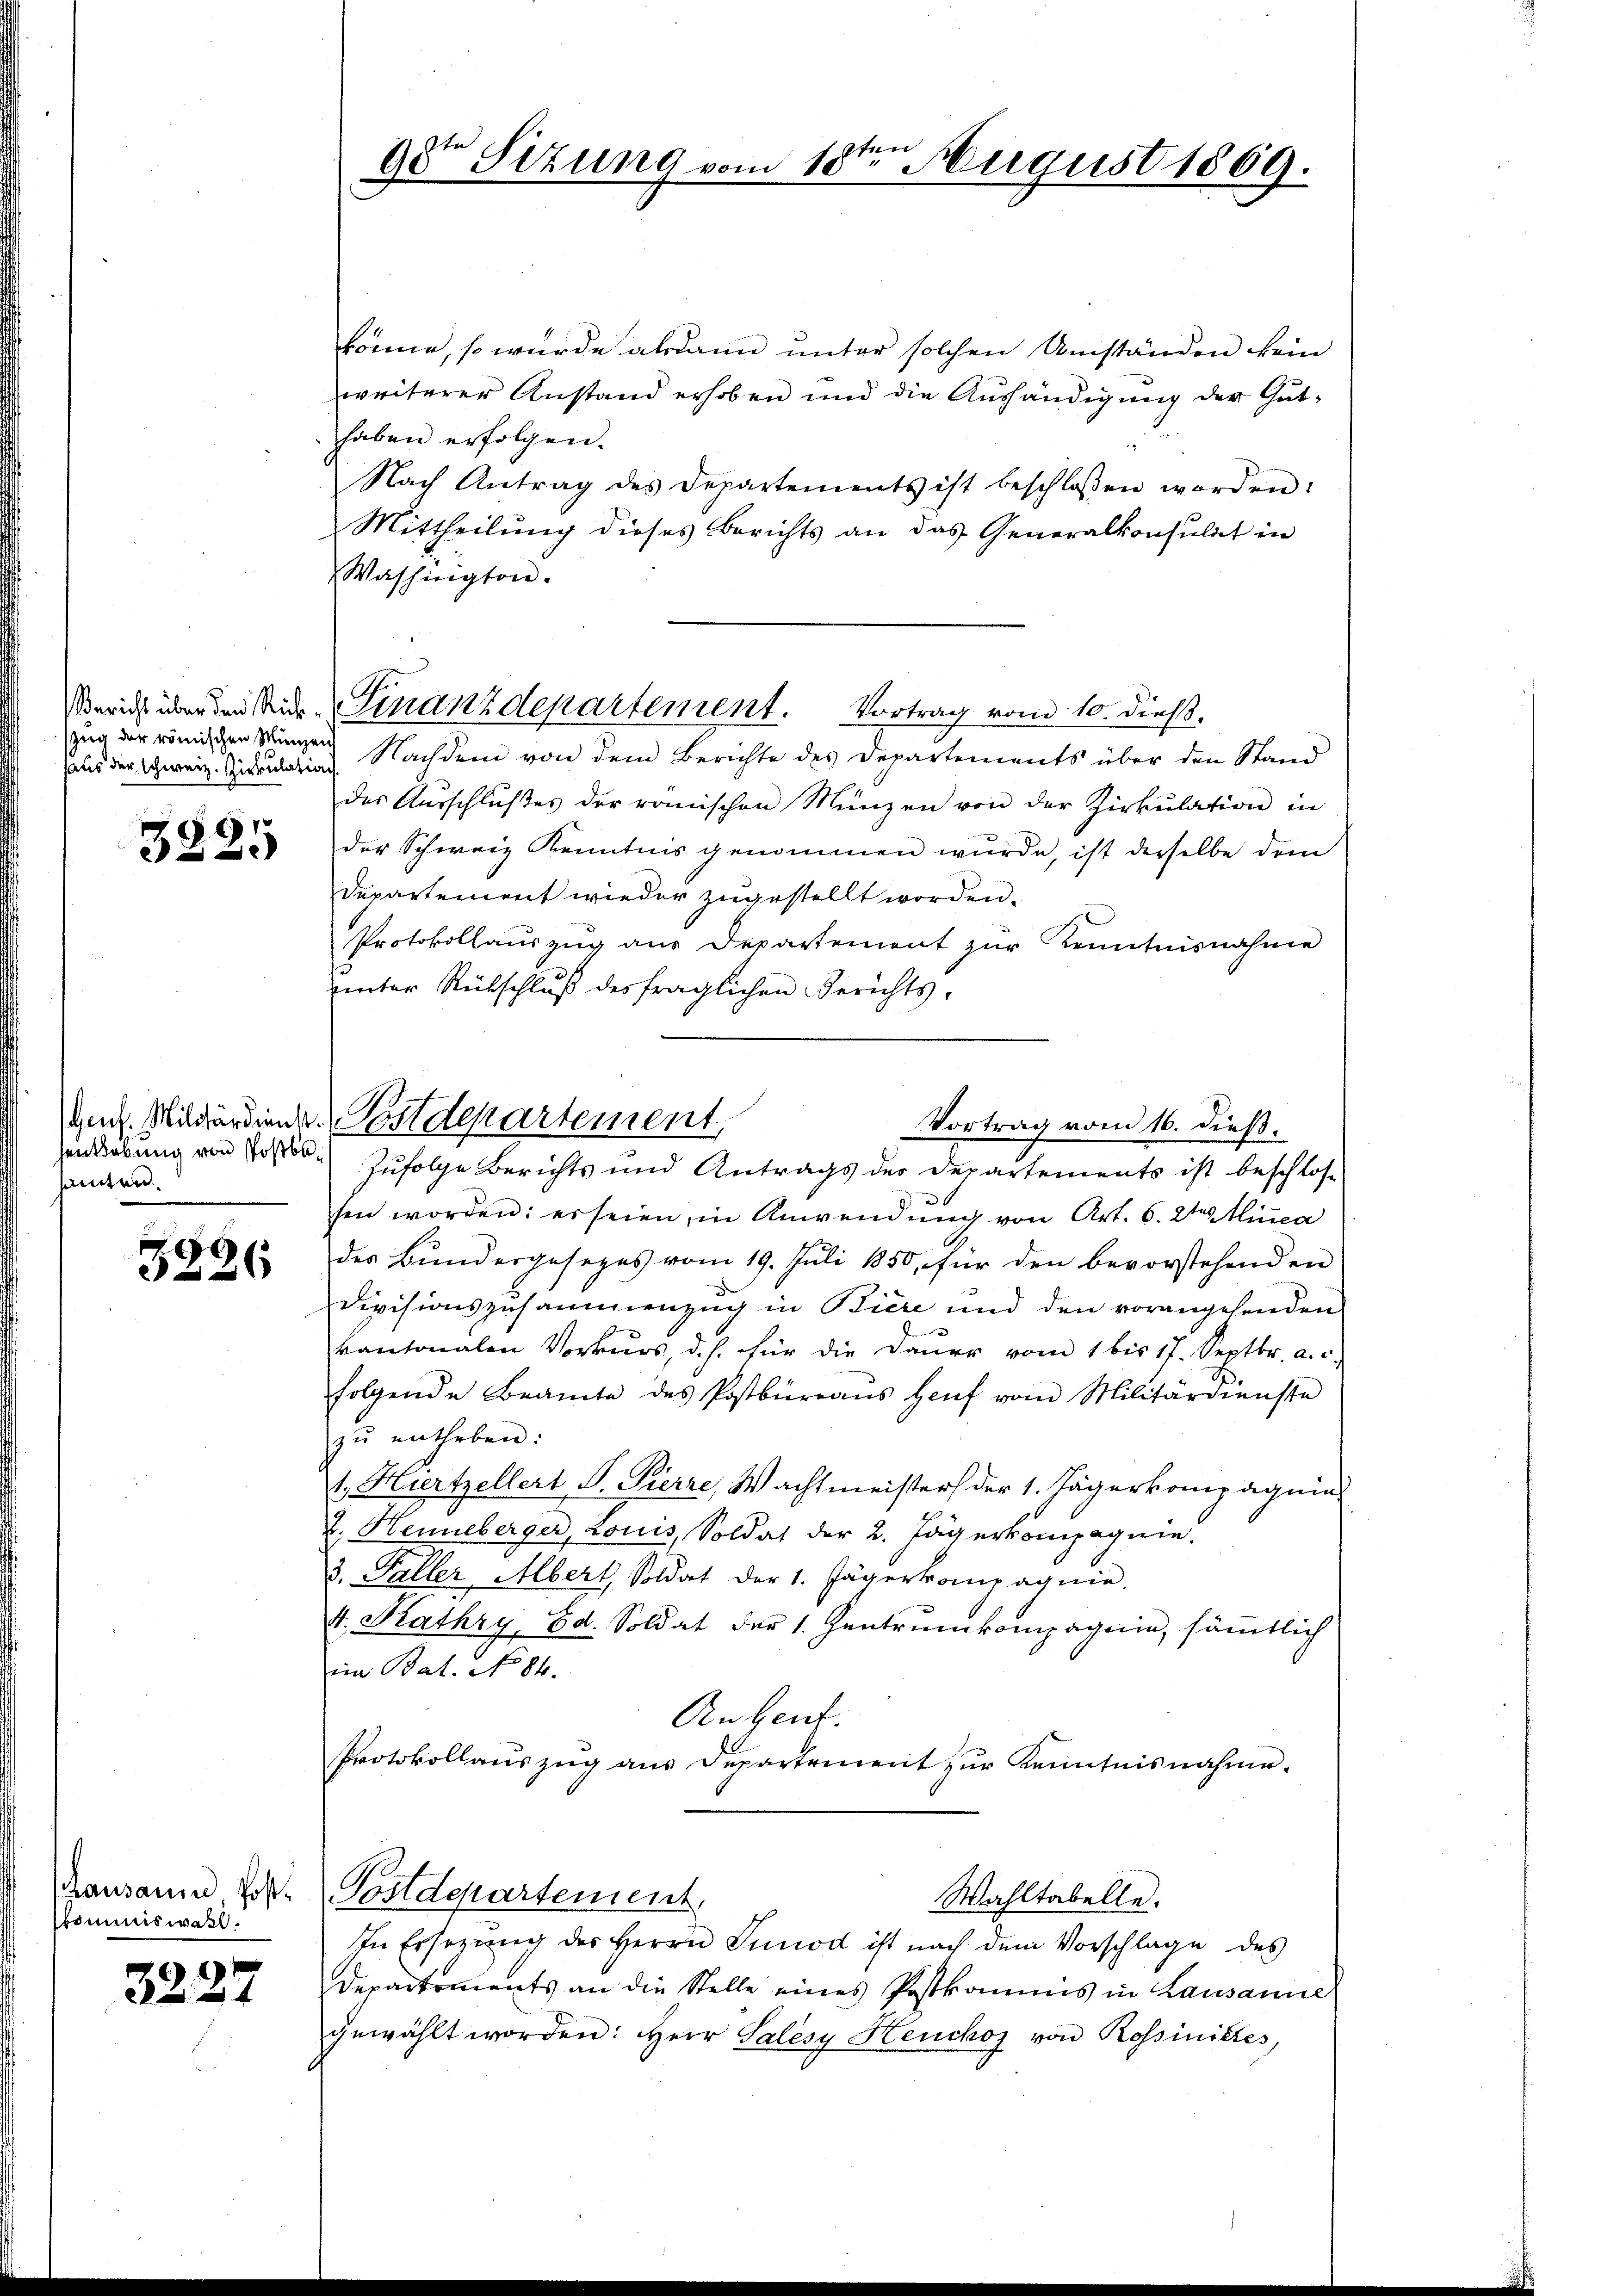
Zeig der römischen Münzen

3225

sanzen.

e
2x

Lausanne Postkommiswahl.

3227

könne, so wurde alsdann unter solchen Umständen kein
weiterer Anstand erhoben und die Aushändigung der Guthaben erfolgen.
Nach Antrag des Departements ist beschlossen worden:
Mittheilŭng dieses Berichts an das Generalkonsulat in
Washington.
(aus der Schweiz. Sideulation Nachdem von dem Berichte des Departements über den Stand
des Aŭsschlŭβes der römischen Münzen von der Zirkŭlation in
der Schweiz Kenntnis genommen wurde, ist derselbe dem
Departement wieder zugestellt worden.
Protokollauszug aus Departement zur Kenntnisnahme
vinter Rückschluß des fraglichen Berichts-
Handübung von Post. Zufolge Berichts und Antrags der Departements ist beschlos
sen worden: er seien, in Anwendŭng von Art. 6. 2ten inca
des Bundesgesezes vom 19. Juli 1850, für den bevorstehenden
Divisionszusammenzug in Biere und den vorangehenden
kantonalen Vorkurs, d. h. für die Dauer vom 1 bis 17. Septbr. a. c.
folgende Beamte des Postbüreaŭs Haŭf vom Militärdienste
zŭ entheben:
1. Hurtzellert P. Pierre, Wachtmeister der 1. Jägerkompagnias
d. Heueberger, Louis, Soldat der 2. Jägerkompagnie.
3. Paller Albert, Soldat der 1. Jägerkompagnie.
4. Kathry, Ed. Soldat der 1. Zentrumkompagnie, sämmtlich
iin Bat. No 84.
Augent.
Protokollauszug aus Departement zur Kenntnisnahme.
Postdepartement.
Wahltabelle.
In Ersezung des Herrn Sunod ist nach dem Vorschlage des
Departements an die Stelle eines Postkommis in Lausanne
gewählt worden: Herr Salésy Henckoz von Rossinistes,

n
ten
ge Sizung vom 18. August 1869.

erich über den Sur. Finanzdepartement. Vortrag vom 10. dieß.

Gen. Mildärdien v. Postdepartement,
Vortrag vom 16. dieß.